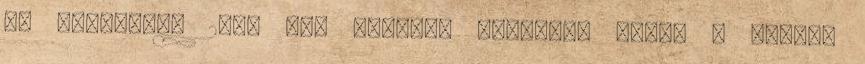
Új építések: 2000 óta döntően nem-OECD story 3 Háttér